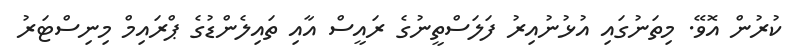
ކުރުން އޮވޭ. މިތަނުގައި އުޅުނުއިރު ފަލަސްތީނުގެ ރައީސް އާއި ތައިލެންޑުގެ ޕްރައިމް މިނިސްޓަރު